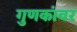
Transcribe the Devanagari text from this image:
गुणकांवर